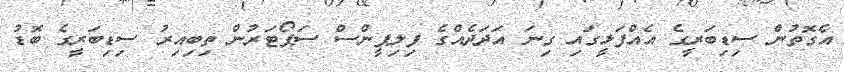
އެގޮތުން ސިޑިބަރީގެ އެއްފަޅީގައި ގިނަ އަދަދެއްގެ ފިލިޕީންސް ސަޕޯޓަރުން ތިބިއިރު ސިޑިބަރީގެ ބޮޑު